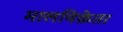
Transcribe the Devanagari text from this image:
मालविक्रेता